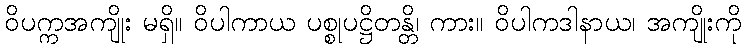
ဝိပက္ကအကျိုး မရှိ။ ဝိပါကာယ ပစ္စုပဋ္ဌိတန္တိ၊ ကား။ ဝိပါကဒါနာယ၊ အကျိုးကို